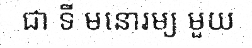
ជា ទី មនោរម្យ មួយ